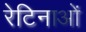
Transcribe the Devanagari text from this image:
रेटिनाओं